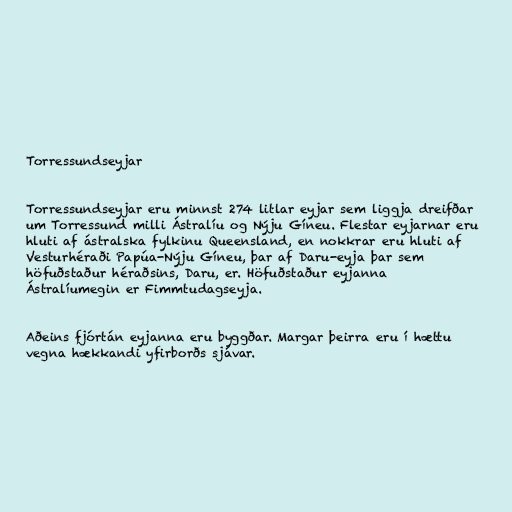
Torressundseyjar

Torressundseyjar eru minnst 274 litlar eyjar sem liggja dreifðar
um Torressund milli Ástralíu og Nýju Gíneu. Flestar eyjarnar eru
hluti af ástralska fylkinu Queensland, en nokkrar eru hluti af
Vesturhéraði Papúa-Nýju Gíneu, þar af Daru-eyja þar sem
höfuðstaður héraðsins, Daru, er. Höfuðstaður eyjanna
Ástralíumegin er Fimmtudagseyja.

Aðeins fjórtán eyjanna eru byggðar. Margar þeirra eru í hættu
vegna hækkandi yfirborðs sjávar.